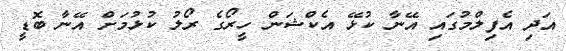
އަދި އެފިލްމުގައި އޭނާ ކުޅޭ އެކްޝަން ހީރޯގެ ރޯލު ކުޅުމަށް އޭނާ ބޮޑީ